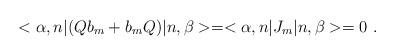
LaTeX: \begin{align*}< \alpha , n | (Q b_{m} + b_{m} Q) | n, \beta > = <\alpha , n | J_{m} | n ,\beta > = 0~.\end{align*}